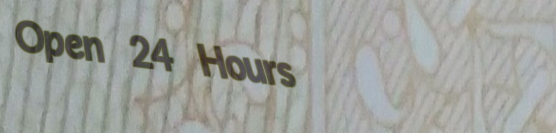
Open 24 Hours